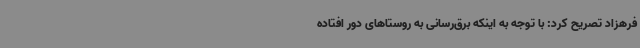
فرهزاد تصریح کرد: با توجه به اینکه برق‌رسانی به روستاهای دور افتاده